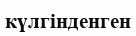
күлгінденген